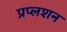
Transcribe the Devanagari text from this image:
प्रप्लशन